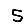
Digit: 5